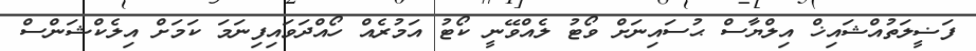
ފަޟީލަތުއްޝައިޚް އިލްޔާސް ޙުސައިނަށް ވޯޓު ލެއްވޭނީ ކޯޓު އަމުރެއް ހޯއްދަވައިފިނަމަ ކަމަށް އިލެކްޝަންސް